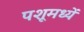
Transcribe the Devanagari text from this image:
पशूमध्यें